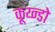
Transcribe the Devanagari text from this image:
कूय्न्डो